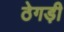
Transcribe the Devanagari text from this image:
ठेगड़ी